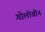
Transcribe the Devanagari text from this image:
गोलोवीन